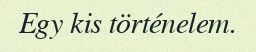
Egy kis történelem.